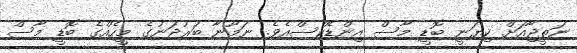
ނަތީޖާއަށް ކިޔަނީ ބޮޑީ މާސް އިންޑެކްސްއެވެ. ނަމޫނާ ބަރުދަނުގެ މީހެއްގެ ބޮޑީ މާސް